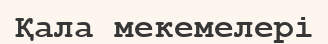
Қала мекемелері